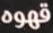
قهوه